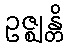
ဥဇ္ဈန္တိ